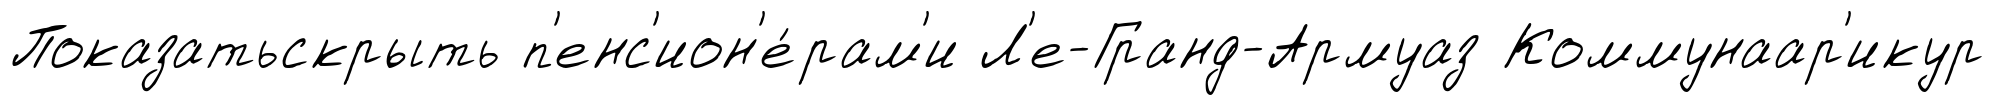
Показатьскрыть п'енс'ион'е́рам'и Л'е-Гранд-Армуаз Коммунаар'икур